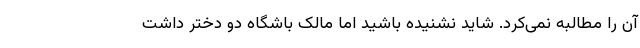
آن را مطالبه نمی‌کرد. شاید نشنیده باشید اما مالک باشگاه دو دختر داشت